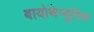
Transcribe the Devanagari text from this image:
बायोथेप्युटिक